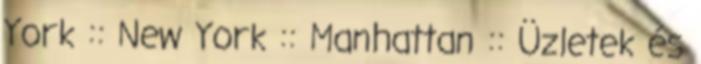
York :: New York :: Manhattan :: Üzletek és